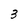
Character: 3